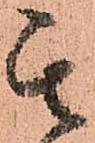
其